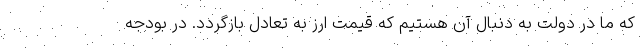
که ما در دولت به دنبال آن هستیم که قیمت ارز به تعادل بازگردد. در بودجه